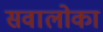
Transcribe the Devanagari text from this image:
सवालोका